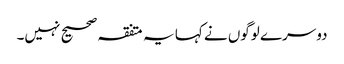
دوسرے لوگوں نے کہا یہ متفقہ صحیح نہیں۔